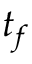
t _ { f }